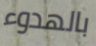
بالهدوء